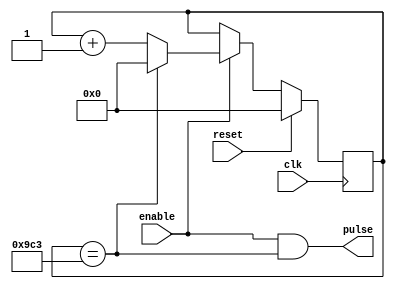
`timescale 1ns / 1ps
//////////////////////////////////////////////////////////////////////////////////
// Company: 
// Engineer: 
// 
// Design Name: 
// Module Name:    timeUnit 
// Project Name: 
// Target Devices: 
// Tool versions: 
// Description: 
//
// Dependencies: 
//
// Revision: 
// Revision 0.01 - File Created
// Additional Comments: 
//
//////////////////////////////////////////////////////////////////////////////////
module TimeUnitEnable(
    input clk,
	 input reset,
	 input enable,
    output pulse
    );
	
	function integer Size(input integer in);
		for (Size =0 ; in >0 ; Size = Size + 1) in = in >> 1 ;
	endfunction


	parameter FREQ_CLK = 50000000 ;
	parameter FREQ_WANTED = 20000 ;
	
	localparam NB_TIC = FREQ_CLK/FREQ_WANTED ; // Division entiere
	localparam SIZE_CPT = Size(NB_TIC) ;
	
	reg[SIZE_CPT-1:0] cpt ; 
	
	always @(posedge clk) begin
		if (reset) cpt <= 0 ;
		else if (enable) begin 
			if (cpt == NB_TIC - 1) cpt <= 0 ;
			else cpt <= cpt + 1 ;
		end
	end
	
	assign pulse = enable && (cpt == NB_TIC - 1) ;
	
endmodule